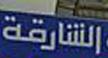
الشارقة